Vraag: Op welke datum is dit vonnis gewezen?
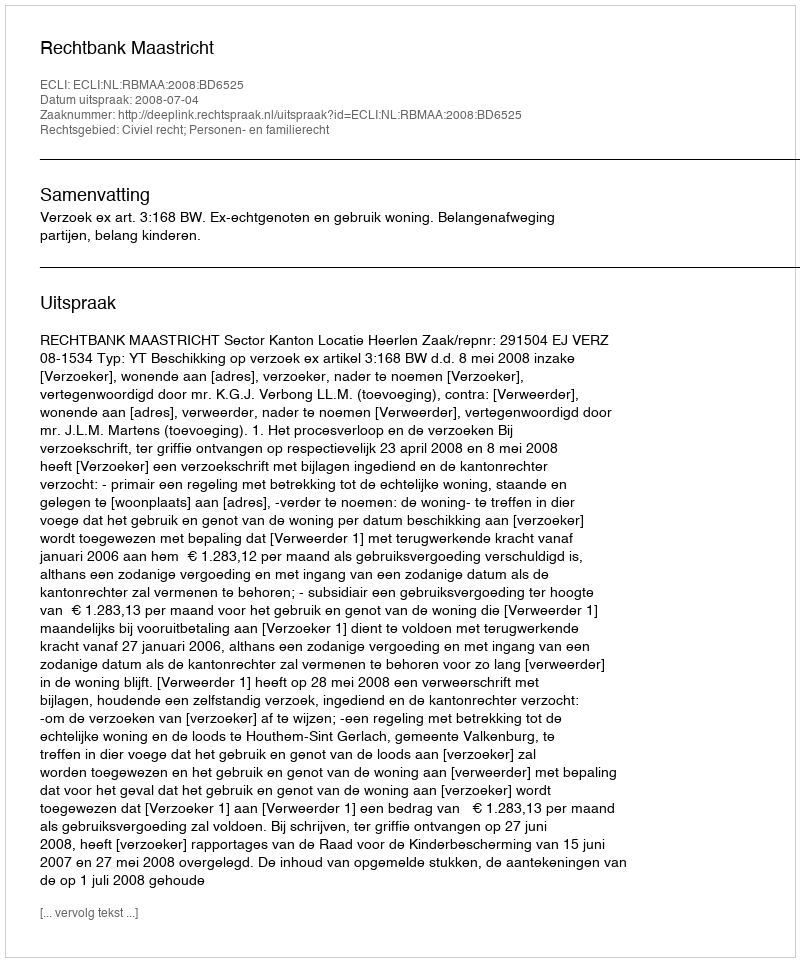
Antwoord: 2008-07-04